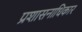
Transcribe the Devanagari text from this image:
प्रशासनाधिकार